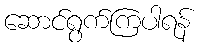
ဆောင်ရွက်ကြပါရန်